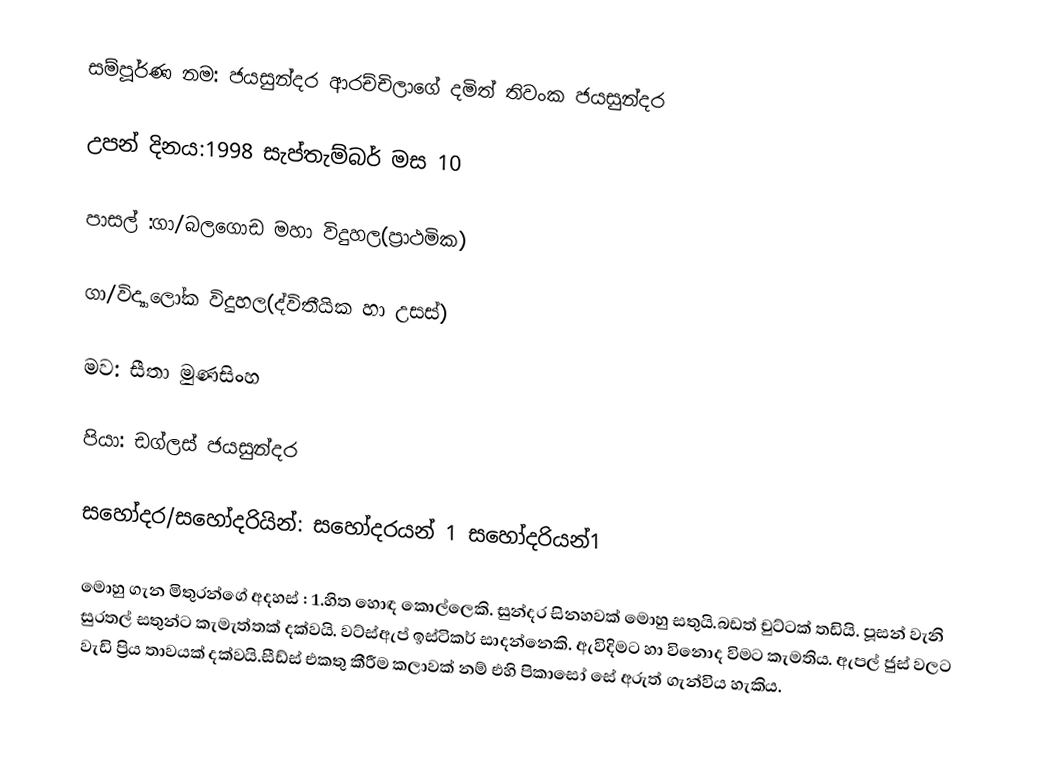
සම්පූර්ණ නම: ජයසුන්දර ආරච්චිලාගේ දමිත් තිවංක ජයසුන්දර

උපන් දිනය:1998 සැප්තැම්බර් මස 10

පාසල් :ගා/බලගොඩ මහා විදුහල(ප්‍රාථමික)

ගා/විද්‍යාලෝක විදුහල(ද්විතීයික හා උසස්)

මව: සීතා මුණසිංහ

පියා: ඩග්ලස් ජයසුන්දර

 සහෝදර/සහෝදරියින්: සහෝදරයන් 1 සහෝදරියන්1

මොහු ගැන මිතුරන්ගේ අදහස් : 1.හිත හොඳ කොල්ලෙකි. සුන්දර සිනහවක් මොහු සතුයි.බඩත් චුට්ටක් තඩියි. පූසන් වැනි සුරතල් සතුන්ට කැමැත්තක් දක්වයි. වට්ස්ඇප් ඉස්ටිකර් සාදන්නෙකි. ඇවිදිමට හා විනොද විමට කැමතිය. ඇපල් ජුස් වලට වැඩි ප්‍රිය තාවයක් දක්වයි.සීඩ්ස් එකතු කීරීම කලාවක් නම් එහි පිකාසෝ සේ අරුත් ගැන්විය හැකිය.